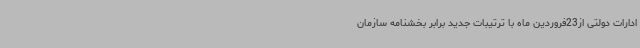
ادارات دولتی از23فروردین ماه با ترتیبات جدید برابر بخشنامه سازمان